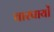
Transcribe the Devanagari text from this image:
चारपायों